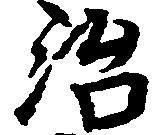
治